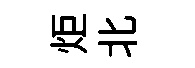
炬北